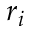
r _ { i }